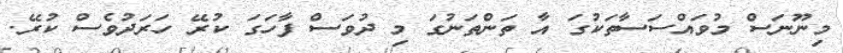
މިނޫނަސް މުވައްސަސާތަކުގަ އާ ތަންތަނުގަ މި ދުވަސް ފާހަގަ ކުރޭ ހަރަދުވެސް ކުރޭ.